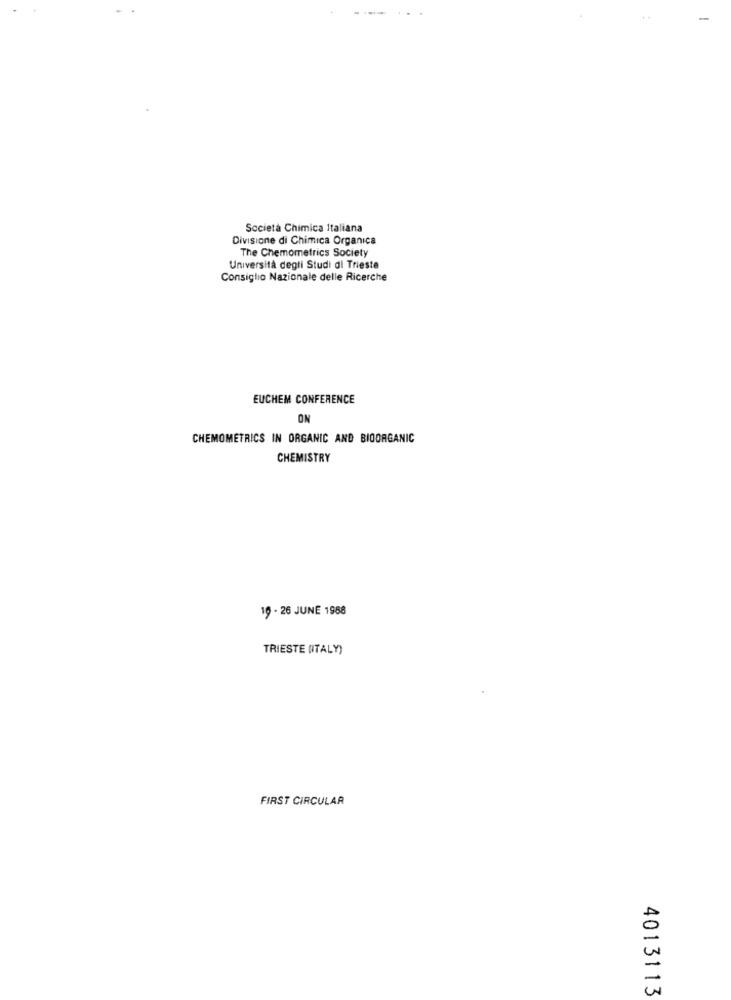
Società Chimica Italiana
Divisione di Chimica Organica
The Chemometrics Society
Università degli Studi di Trieste
Consiglio Nazionale delle Ricerche
EUCHEM CONFERENCE
ON
CHEMOMETRICS IN ORGANIC AND BIOORGANIC
CHEMISTRY
19 - 26 JUNE 1988
TRIESTE (ITALY)
FIRST CIRCULAR
4013113